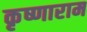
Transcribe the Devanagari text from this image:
कृष्णाराम